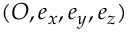
( O , \boldsymbol { e } _ { x } , \boldsymbol { e } _ { y } , \boldsymbol { e } _ { z } )